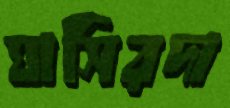
ঘাসিরদা